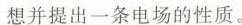
想并提出一条电场的性质。